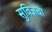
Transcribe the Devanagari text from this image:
सुविज्ञचा